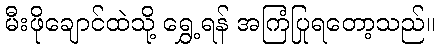
မီးဖိုချောင်ထဲသို့ ရွှေ့ရန် အကြံပြုရတော့သည်။